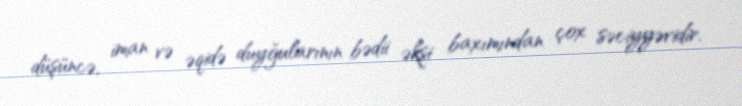
düşüncə, iman və əqidə duyğularının bədii əksi baxımından çox səciyyəvidir.